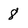
Character: 8